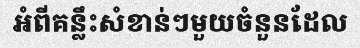
អំពីគន្លឹះសំខាន់ៗមួយចំនួនដែល